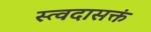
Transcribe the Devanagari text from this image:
स्त्वदासक्तं